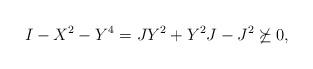
LaTeX: \begin{align*}I-X^2-Y^4 = JY^2+Y^2J-J^2 \not\succeq 0,\end{align*}